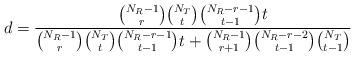
LaTeX: \begin{align*}d=\frac{\binom{N_R-1}{r}\binom{N_T}{t}\binom{N_R-r-1}{t-1}t}{\binom{N_R-1}{r}\binom{N_T}{t}\binom{N_R-r-1}{t-1}t+\binom{N_R-1}{r+1}\binom{N_R-r-2}{t-1}\binom{N_T}{t-1}}\end{align*}